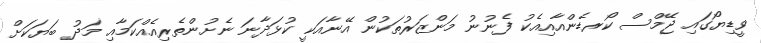
ވީޑިޔޯގައި ޖޭމްސް ކޯރޑެންއާއިއެކު ފެނުނު މަންޒަރުތަކުން އޭނާއަކީ ކުޅަދާނަ ނެށުންތެރިއެއްކަމާއި މަދު ބަޔަކަށް